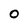
Character: 0